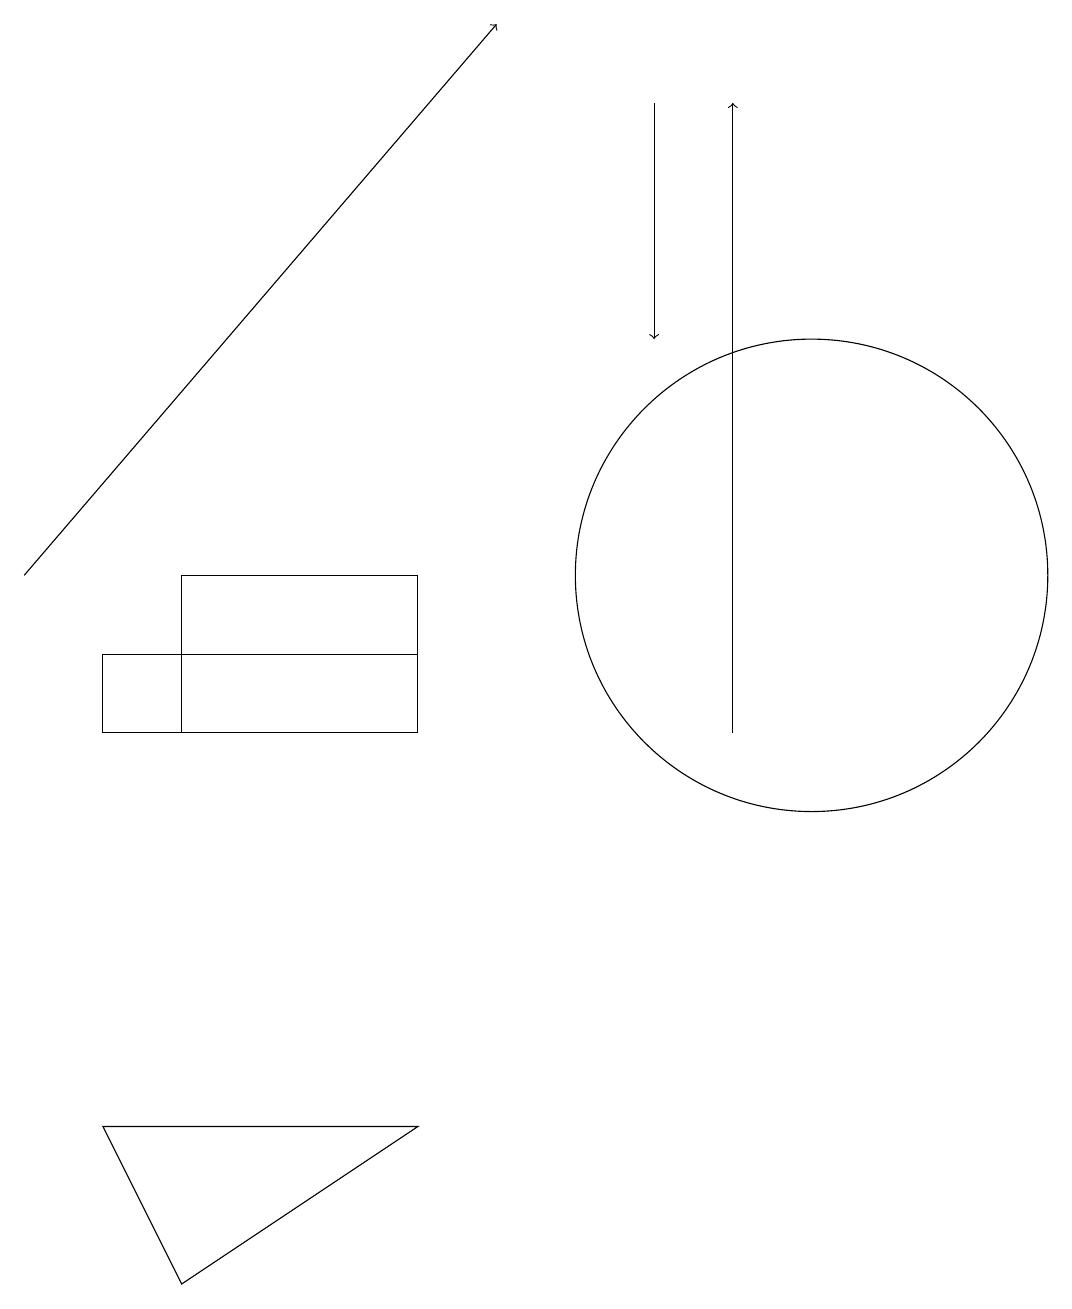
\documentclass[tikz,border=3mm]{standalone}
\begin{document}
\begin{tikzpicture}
\draw (5,11) rectangle (1,10);
\draw[->] (8,18) -- (8,15);
\draw[->] (9,10) -- (9,18);
\draw (2,3) -- (5,5) -- (1,5) -- cycle;
\draw (10,12) circle (3);
\draw[->] (0,12) -- (6,19);
\draw (5,10) rectangle (2,12);
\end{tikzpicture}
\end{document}